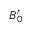
B _ { 0 } ^ { r }